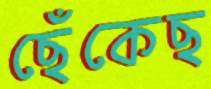
ছেঁকেছ